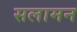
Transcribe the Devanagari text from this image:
सलामन